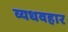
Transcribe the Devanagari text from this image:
व्यधवहार